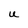
Character: U